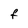
Character: f